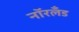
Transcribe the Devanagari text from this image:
नॉरलँड